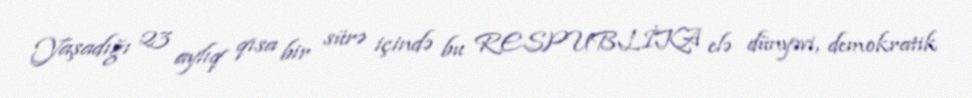
Yaşadığı 23 aylıq qısa bir sürə içində bu RESPUBLİKA elə dünyəvi, demokratik